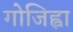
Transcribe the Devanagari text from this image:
गोजिह्वा